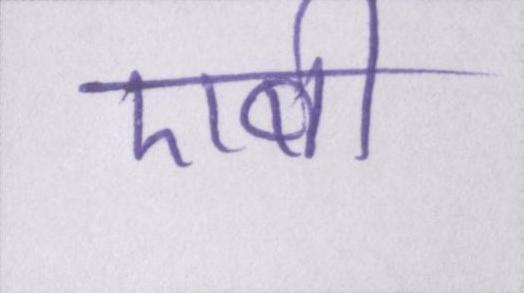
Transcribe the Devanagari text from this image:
एबी